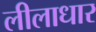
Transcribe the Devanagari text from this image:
लीलाधार